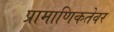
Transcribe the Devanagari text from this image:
प्रामाणिकतेवर